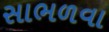
સાભળવા